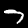
Label: 7